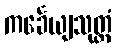
ကင်္ခေယျသုတ္တံ